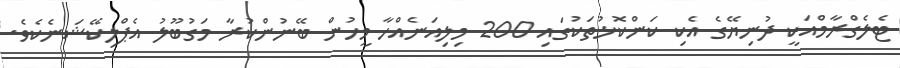
ޓެލެގްރާމްއަކީ ދުނިޔޭގެ އެކި ކަންކޮޅުތަކުގައި 200 މިލިއަނެއްހާ މީހުން ބޭނުންކުރާ މަގުބޫލު އެޕްލިކޭޝަނެކެވެ.